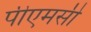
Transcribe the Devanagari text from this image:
पीएमसी